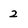
Character: 2